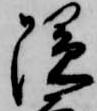
隠